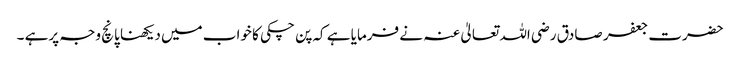
حضرت جعفر صادق رضی اللہ تعالیٰ عنہ نے فرمایا ہے کہ پن چکی کا خواب میں دیکھنا پانچ وجہ پرہے ۔